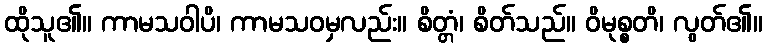
ထိုသူ၏။ ကာမသဝါပိ၊ ကာမသဝမှလည်း။ စိတ္တံ၊ စိတ်သည်။ ဝိမုစ္စတိ၊ လွတ်၏။